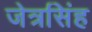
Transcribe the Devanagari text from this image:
जेत्रसिंह